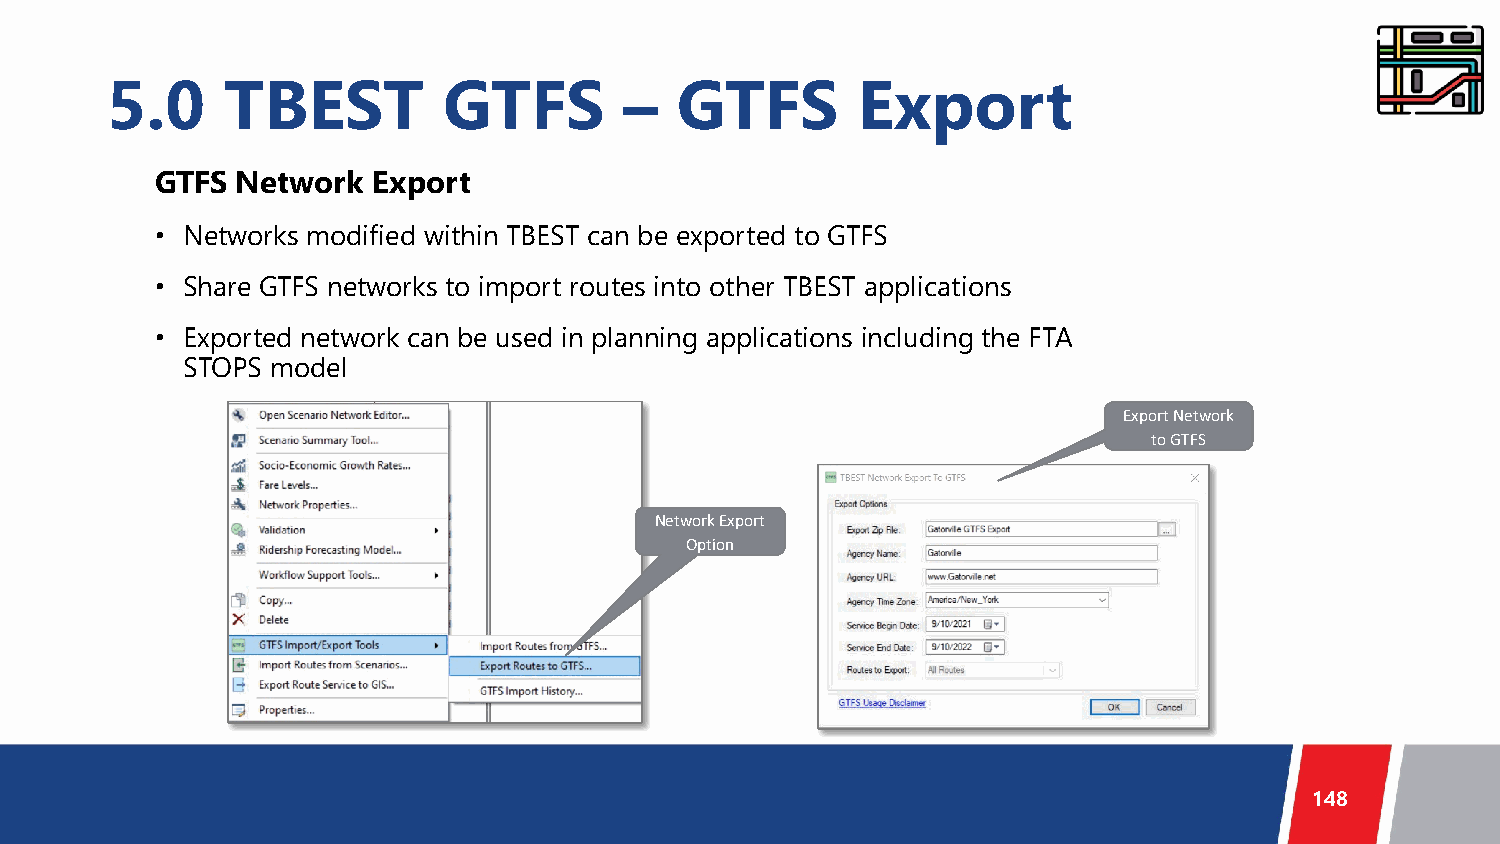
5.0     TBEST         GTFS        –   GTFS        Export
 GTFS  Network  Export
 • Networks modified within TBEST can be exported to GTFS
 • Share GTFS networks to import routes into other TBEST applications
 • Exported network can be used in planning applications including the FTA
 STOPS model
 Export Network
 to GTFS
 Network Export
 Option
 148